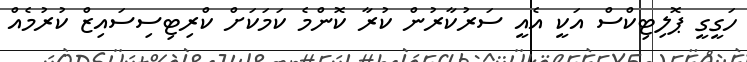
ހަގީގީ ޕޮލިޓިކްސް އަކީ އެއީ ސަރުކާރުން ކުރާ ކޮންމެ ކަމަކަށް ކްރިޓިސިސައިޒް ކުރުމެއް